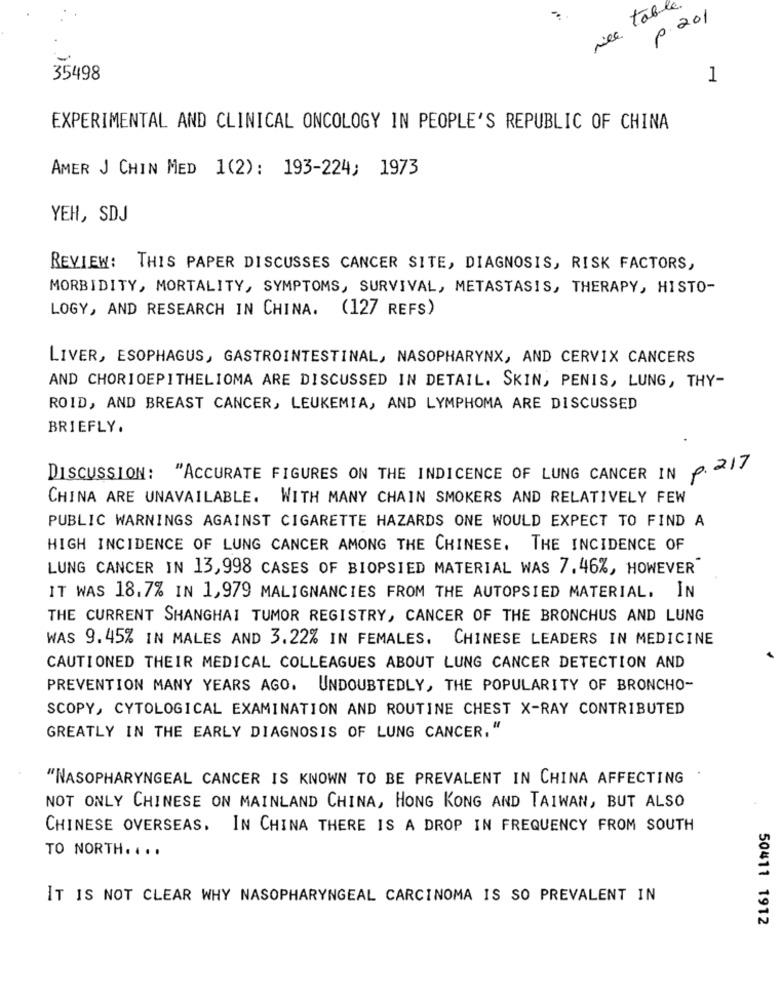
rice table
p. 201
35498
1
EXPERIMENTAL AND CLINICAL ONCOLOGY IN PEOPLE'S REPUBLIC OF CHINA
AMER J CHIN MED 1(2): 193-224; 1973
YEH, SDJ
REVIEW: THIS PAPER DISCUSSES CANCER SITE, DIAGNOSIS, RISK FACTORS,
MORBIDITY, MORTALITY, SYMPTOMS, SURVIVAL, METASTASIS, THERAPY, HISTO-
LOGY, AND RESEARCH IN CHINA. (127 REFS)
LIVER, ESOPHAGUS, GASTROINTESTINAL, NASOPHARYNX, AND CERVIX CANCERS
AND CHORIOEPITHELIOMA ARE DISCUSSED IN DETAIL. SKIN, PENIS, LUNG, THY-
ROID, AND BREAST CANCER, LEUKEMIA, AND LYMPHOMA ARE DISCUSSED
BRIEFLY.
DISCUSSION :
"ACCURATE FIGURES ON THE INDICENCE OF LUNG CANCER IN p. 217
CHINA ARE UNAVAILABLE. WITH MANY CHAIN SMOKERS AND RELATIVELY FEW
PUBLIC WARNINGS AGAINST CIGARETTE HAZARDS ONE WOULD EXPECT TO FIND A
HIGH INCIDENCE OF LUNG CANCER AMONG THE CHINESE. THE INCIDENCE OF
LUNG CANCER IN 13,998 CASES OF BIOPSIED MATERIAL WAS 7.46%, HOWEVER
IT WAS 18.7% IN 1,979 MALIGNANCIES FROM THE AUTOPSIED MATERIAL, IN
THE CURRENT SHANGHAI TUMOR REGISTRY, CANCER OF THE BRONCHUS AND LUNG
WAS 9.45% IN MALES AND 3.22% IN FEMALES. CHINESE LEADERS IN MEDICINE
CAUTIONED THEIR MEDICAL COLLEAGUES ABOUT LUNG CANCER DETECTION AND
PREVENTION MANY YEARS AGO. UNDOUBTEDLY, THE POPULARITY OF BRONCHO-
SCOPY, CYTOLOGICAL EXAMINATION AND ROUTINE CHEST X-RAY CONTRIBUTED
GREATLY IN THE EARLY DIAGNOSIS OF LUNG CANCER. "
"NASOPHARYNGEAL CANCER IS KNOWN TO BE PREVALENT IN CHINA AFFECTING
NOT ONLY CHINESE ON MAINLAND CHINA, HONG KONG AND TAIWAN, BUT ALSO
CHINESE OVERSEAS. IN CHINA THERE IS A DROP IN FREQUENCY FROM SOUTH
TO NORTH. ...
IT IS NOT CLEAR WHY NASOPHARYNGEAL CARCINOMA IS SO PREVALENT IN
50411 1912